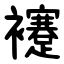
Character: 䙭